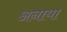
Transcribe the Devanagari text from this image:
अनाया